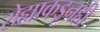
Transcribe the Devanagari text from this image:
रोह्याकडूनही